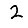
Digit: 2